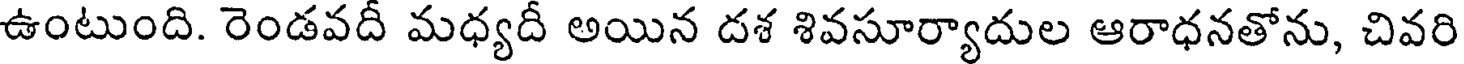
ఉంటుంది. రెండవదీ మధ్యదీ అయిన దశ శివసూర్యాదుల ఆరాధనతోను, చివరి